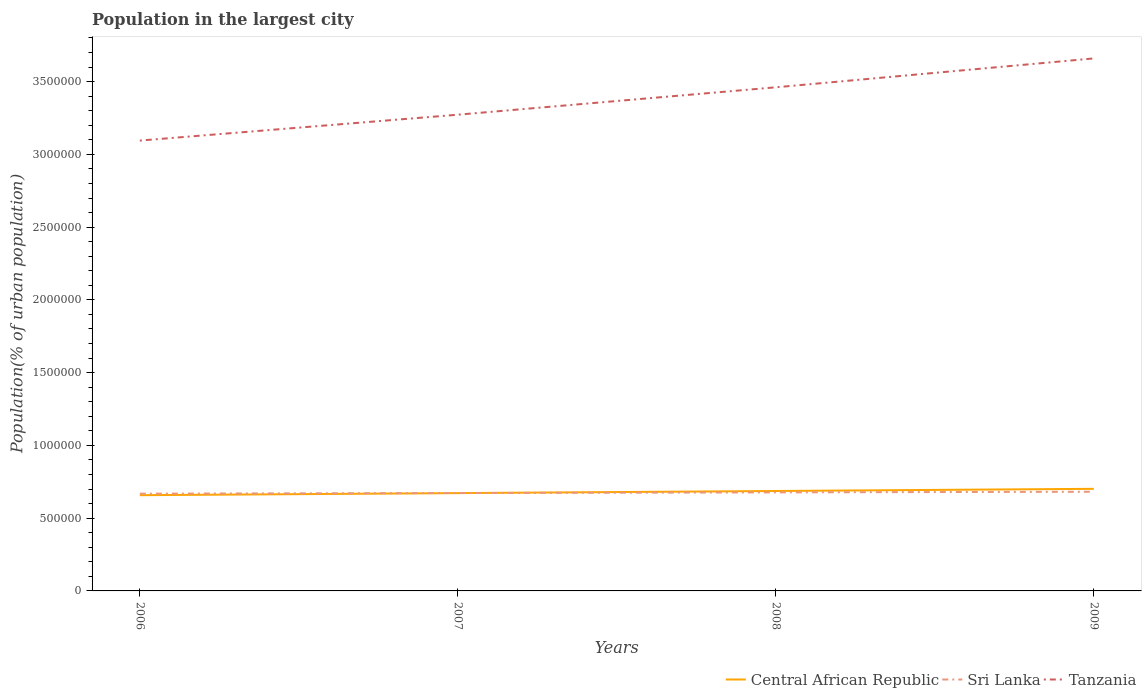
| Years | Central African Republic | Sri Lanka | Tanzania |
 | --- | --- | --- | --- |
 | 2006 | 6.58e+05 | 6.68e+05 | 3.09e+06 |
 | 2007 | 6.72e+05 | 6.73e+05 | 3.27e+06 |
 | 2008 | 6.87e+05 | 6.77e+05 | 3.46e+06 |
 | 2009 | 7.02e+05 | 6.82e+05 | 3.66e+06 |